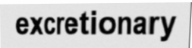
excretionary